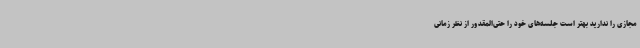
مجازی را ندارید بهتر است جلسه‌های خود را حتی‌المقدور از نظر زمانی